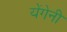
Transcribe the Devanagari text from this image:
येंगेनी